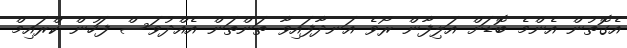
އެގޮތުން އެންމެ ބޮޑަށް އަލިފާން ރޯވެ އަނދާފައިވާ ތަންތަން އެއްދުވަސް ފަހުން ކްރައިމް